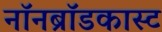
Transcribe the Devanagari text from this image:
नॉनब्रॉडकास्ट